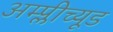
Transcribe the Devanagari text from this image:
अम्प्लीच्यूड